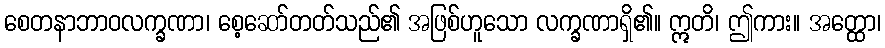
စေတနာဘာဝလက္ခဏာ၊ စေ့ဆော်တတ်သည်၏ အဖြစ်ဟူသော လက္ခဏာရှိ၏။ ဣတိ၊ ဤကား။ အတ္ထော၊